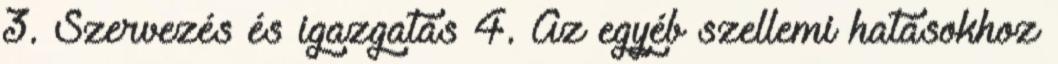
3. Szervezés és igazgatás 4. Az egyéb szellemi hatásokhoz